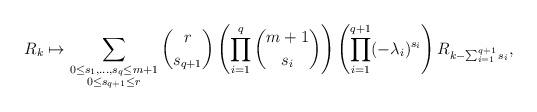
LaTeX: \begin{align*}R_k \mapsto \sum_{\substack{0 \leq s_1, \dots, s_q \leq m+1 \\ 0 \leq s_{q+1} \leq r }} \binom{r}{s_{q+1}}\left(\prod_{i=1}^q \binom{m+1}{s_i}\right) \left(\prod_{i=1}^{q+1}(-\lambda_i)^{s_i}\right)R_{k-\sum_{i=1}^{q+1}s_i},\end{align*}